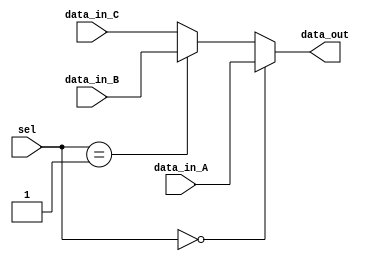
`timescale 1ns / 1ps
//////////////////////////////////////////////////////////////////////////////////
// Company: 
// Engineer: 
// 
// Design Name: 
// Module Name:    Mux_Sel3 
// Project Name: 
// Target Devices: 
// Tool versions: 
// Description: 
//
// Dependencies: 
//
// Revision: 
// Revision 0.01 - File Created
// Additional Comments: 
//
//////////////////////////////////////////////////////////////////////////////////
module Mux_Sel3(
    output [15 : 0] data_out,
    input [15 : 0] data_in_A,
    input [15 : 0] data_in_B,
    input [15 : 0] data_in_C,
    input [1 : 0] sel
    );

	assign data_out =
		(sel == 0) ? data_in_A :
		(sel == 1) ? data_in_B :
		data_in_C;

endmodule